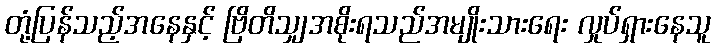
တုံ့ပြန်သည့်အနေနှင့် ဗြိတိသျှအစိုးရသည်အမျိုးသားရေး လှုပ်ရှားနေသူ